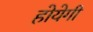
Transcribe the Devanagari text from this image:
होयेगी